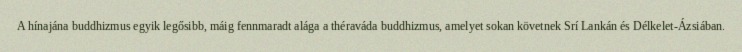
A hínajána buddhizmus egyik legősibb, máig fennmaradt alága a théraváda buddhizmus, amelyet sokan követnek Srí Lankán és Délkelet-Ázsiában.